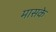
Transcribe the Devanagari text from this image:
मासके